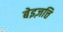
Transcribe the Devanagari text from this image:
बेइज़त्ति